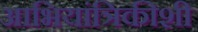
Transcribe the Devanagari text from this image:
आभियांत्रिकीशी